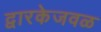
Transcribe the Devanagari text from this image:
द्वारकेजवळ